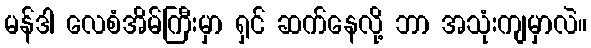
မန်ဒါ လေစံအိမ်ကြီးမှာ ရှင် ဆက်နေလို့ ဘာ အသုံးကျမှာလဲ။